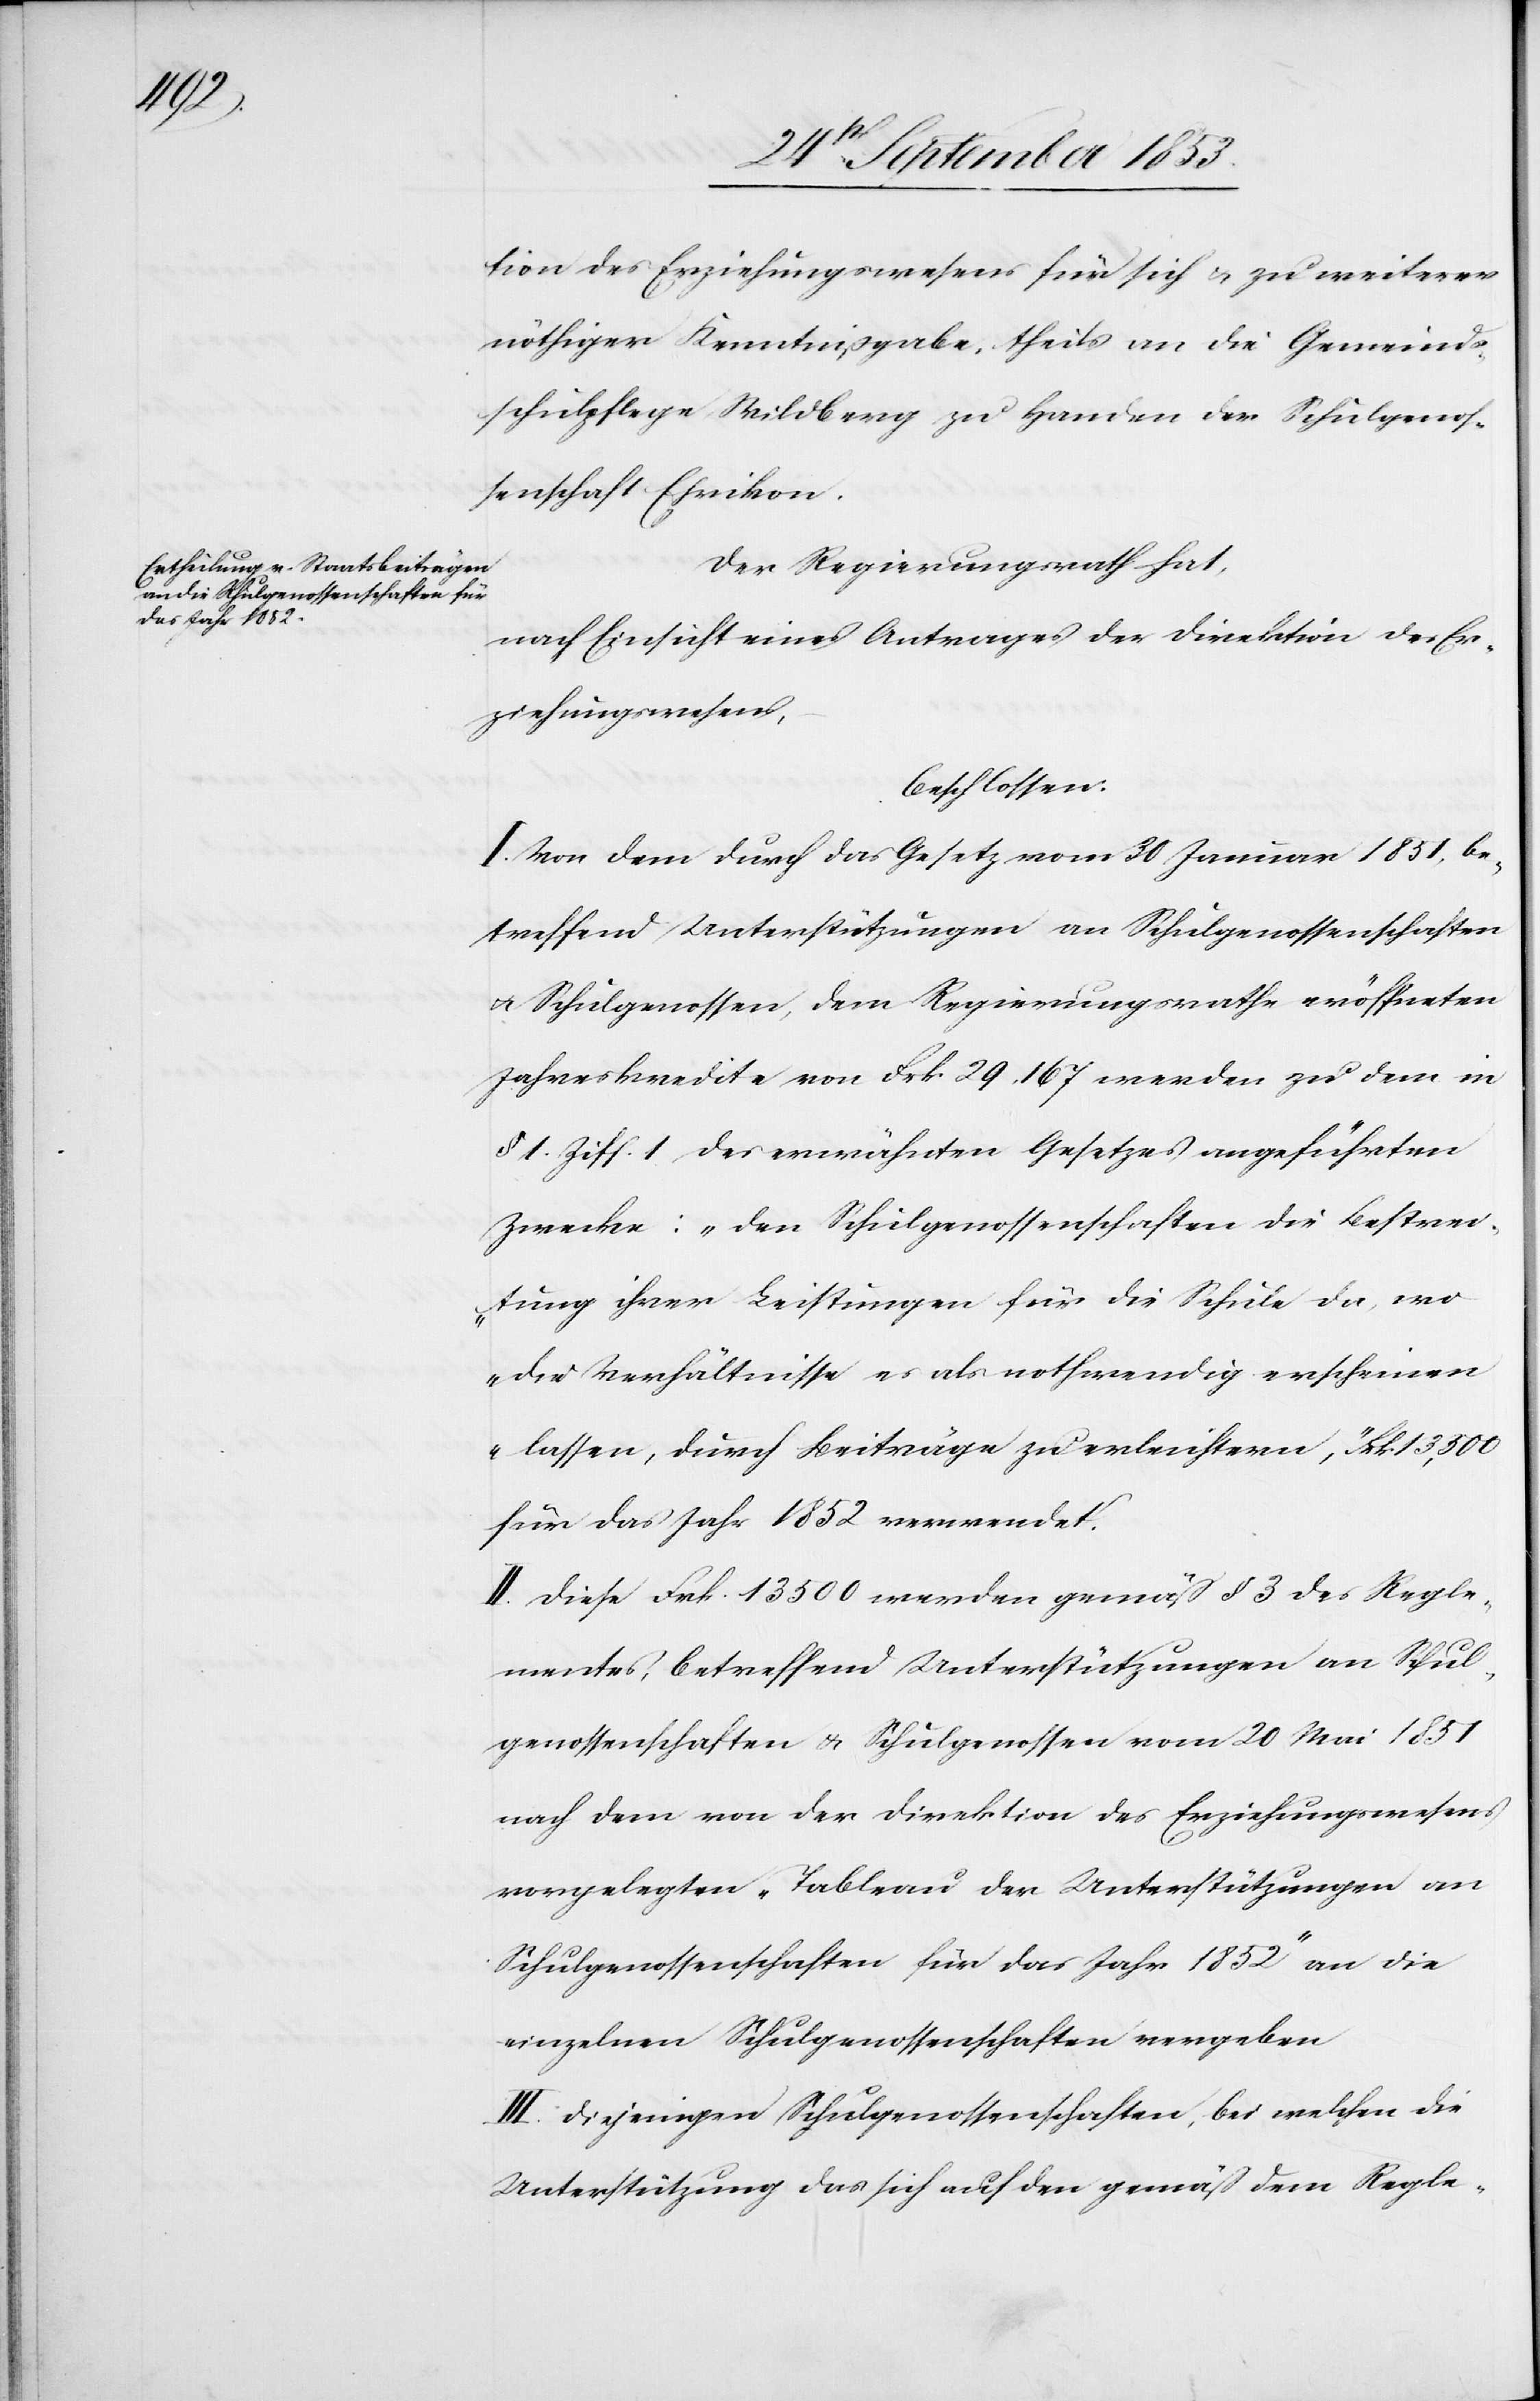
tion des Erziehungswesens für sich u. zu weiterer
nöthiger Kenntnißgabe, theils an die Gemeinds¬
schulpflege Wildberg zu Handen der Schulgenos¬
senschaft Ehrikon.
Der Regierungsrath hat,
nach Einsicht eines Antrages der Direktion des Er¬
ziehungswesens,
beschlossen:
I. Von dem durch das Gesetz vom 30 Januar 1851, be¬
treffend Unterstützungen an Schulgenossenschaften
u. Schulgenossen, dem Regierungsrathe eröffneten
Jahreskredite von Frk. 29,167 werden zu dem in
§ 1 Ziff. 1 des erwähnten Gesetzes angeführten
Zwecke: „Den Schulgenossenschaften die Bestrei¬
tung ihrer Leistungen für die Schule da, wo
die Verhältnisse es als nothwendig erscheinen
lassen, durch Beiträge zu erleichtern,“ Frk. 13,500
für das Jahr 1852 verwendet.
II. Diese Frk. 13 500 werden gemäß § 3 des Regle¬
mentes, betreffend Unterstützungen an Schul¬
genossenschaften u. Schulgenossen vom 20 Mai 1851
nach dem von der Direktion des Erziehungswesens
vorgelegten „Tableau der Unterstützungen an
Schulgenossenschaften für das Jahr 1852“ an die
einzelnen Schulgenossenschaften vergeben.
III. Diejenigen Schulgenossenschaften, bei welchen die
Unterstützung das sich auf den gemäß dem Regle-